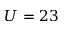
U = 2 3